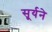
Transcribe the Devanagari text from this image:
सूर्यने